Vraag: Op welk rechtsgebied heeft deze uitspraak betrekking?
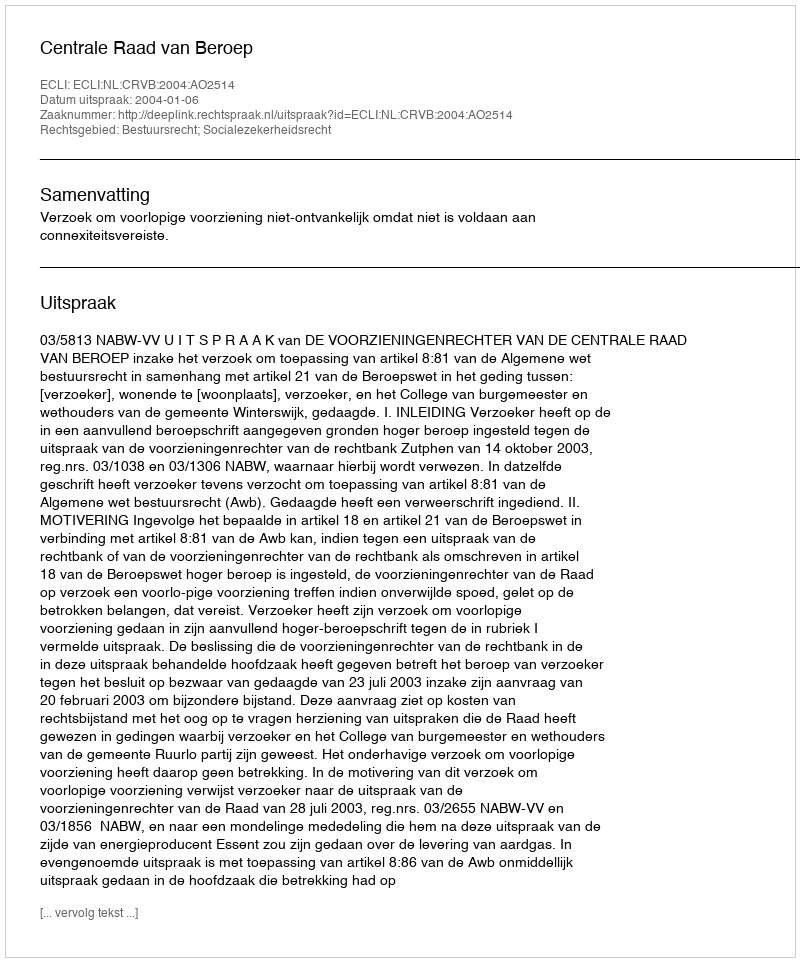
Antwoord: Bestuursrecht; Socialezekerheidsrecht